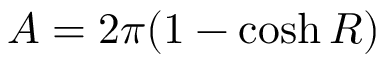
A = 2 \pi ( 1 - \cosh R )